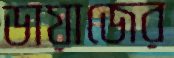
ডায়াজের